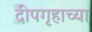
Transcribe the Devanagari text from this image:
दीपगृहाच्या